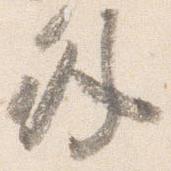
外